Lock hospitals Punjab
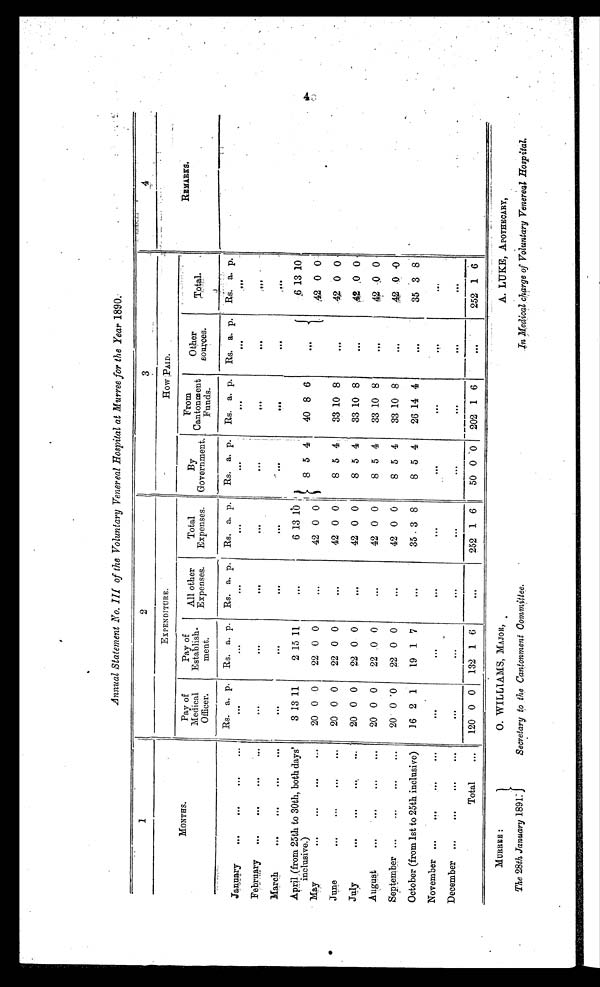
Annual Statement No. III of the Voluntary Venereal Hospital at Murree for the Year 1890.
1
2
3
4
MONTHS.
EXPENDITURE.
How PAID.
REMARKS.
Pay of
Medical
Officer.
Pay of
Establish-
meat.
All other
Expenses.
Total
Expenses.
By
Government.
From
Cantonment
Funds.
Other
sources.
Total.
Rs. a. p. Rs. a. p. Rs. a. p. Rs. a. p.
Rs. a. p. Rs. a. p. Rs. a. p. Rs. a.
p .
January
. . .
. . .
. . .
. . .
. . .
...
. . .
. . . . . .
. . .
. . .
. . .
February
...
. . .
. . .
. . .
. . .
. . .
...
. . .
. . .
. . .
. . .
. . .
March
...
. . .
. . .
. . .
. . .
. . .
. . . .
. . .
. . .
. . .
. . .
. . .
April (from 25th to 30th, both days'
inclusive.)
3 13 11
2 15 11
...
6 13 10
8 5 4
40 8 6
. . .
6 13 10
42 0 0
May
...
. . .
. . .
. . .
20 0 0
22 0 0
. . . 42 0 0
June
...
. . .
. . .
. . .
20 0 0
22 0 0
. . . 42 0 0
8 5 4
33 10 8
. . . 42 0 0
July
. . .
. . .
. . .
. . . 20 0 0
22 0 0
...
42 0 0 8 5 4
33 10 8
. . .
4 2 0 0
August
. . .
. . .
. . .
. . .
20 0 0
22 0 0
. . . 42 0 0
8 5 4
33 10 8
. . . 42 0 0
September ...
...
. . .
. . .
20 0 0 22 0 0
. . . 42 0 0
8 5 4
33 10 8
. . . 42
0 0
October (from 1st to 25th inclusive)
16 2 1
19 1 7
. . . 35 3 8
8 5 4
26 14 4
...
35 3 8
November ...
...
. . .
. . .
. . .
. . .
. . .
. . .
. . .
. . .
. . .
. . .
December ...
...
. . .
. . .
. . .
. . .
. . .
. . .
. . .
. . .
. . .
. . .
Total
. . .
120 0 0
132 1 6
. . .
252 1 6
50 0 0
202 1 6
...
252 1 6
A. LUKE, APOTHECARY,
In Medical charge of Voluntary Venereal Hospital.
MURREE :
O. WILLIAMS, MAJOR,
The 28th January 1891.
Secretary to the Cantonment Committee.